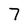
Character: 7